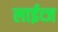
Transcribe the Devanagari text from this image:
लाईव्ज